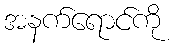
အနက်ရောင်ကို